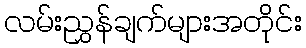
လမ်းညွှန်ချက်များအတိုင်း